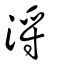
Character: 浖